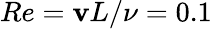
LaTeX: Re=\mathbf{v}L/\nu=0.1